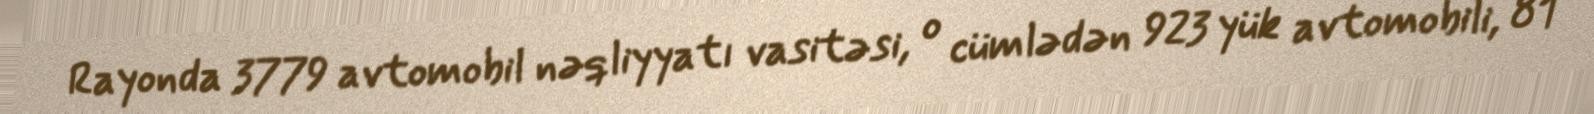
Rayonda 3779 avtomobil nəqliyyatı vasitəsi, o cümlədən 923 yük avtomobili, 81